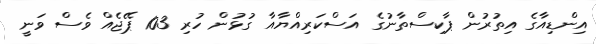
އިންޑިއާގެ އިތުރުން ޕާކިސްތާނުގެ އަސްކަރިއްޔާއާ ގުޅުން ހުރި 103 ޕޭޖެއް ވެސް ވަނީ